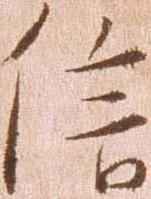
信